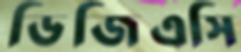
ডিজিএসি